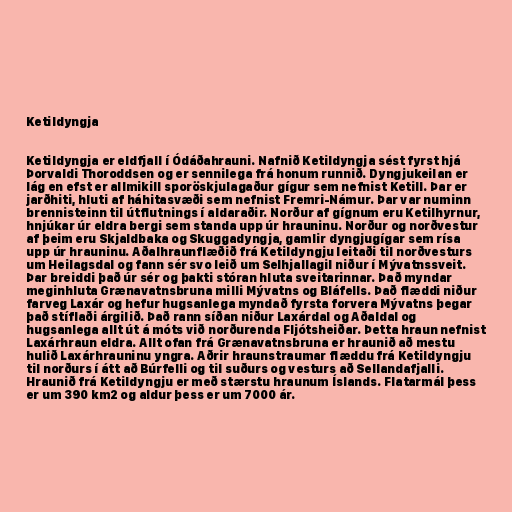
Ketildyngja

Ketildyngja er eldfjall í Ódáðahrauni. Nafnið Ketildyngja sést fyrst hjá
Þorvaldi Thoroddsen og er sennilega frá honum runnið. Dyngjukeilan er
lág en efst er allmikill sporöskjulagaður gígur sem nefnist Ketill. Þar er
jarðhiti, hluti af háhitasvæði sem nefnist Fremri-Námur. Þar var numinn
brennisteinn til útflutnings í aldaraðir. Norður af gígnum eru Ketilhyrnur,
hnjúkar úr eldra bergi sem standa upp úr hrauninu. Norður og norðvestur
af þeim eru Skjaldbaka og Skuggadyngja, gamlir dyngjugígar sem rísa
upp úr hrauninu. Aðalhraunflæðið frá Ketildyngju leitaði til norðvesturs
um Heilagsdal og fann sér svo leið um Selhjallagil niður í Mývatnssveit.
Þar breiddi það úr sér og þakti stóran hluta sveitarinnar. Það myndar
meginhluta Grænavatnsbruna milli Mývatns og Bláfells. Það flæddi niður
farveg Laxár og hefur hugsanlega myndað fyrsta forvera Mývatns þegar
það stíflaði árgilið. Það rann síðan niður Laxárdal og Aðaldal og
hugsanlega allt út á móts við norðurenda Fljótsheiðar. Þetta hraun nefnist
Laxárhraun eldra. Allt ofan frá Grænavatnsbruna er hraunið að mestu
hulið Laxárhrauninu yngra. Aðrir hraunstraumar flæddu frá Ketildyngju
til norðurs í átt að Búrfelli og til suðurs og vesturs að Sellandafjalli.
Hraunið frá Ketildyngju er með stærstu hraunum Íslands. Flatarmál þess
er um 390 km2 og aldur þess er um 7000 ár.